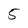
Character: 5